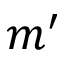
m ^ { \prime }